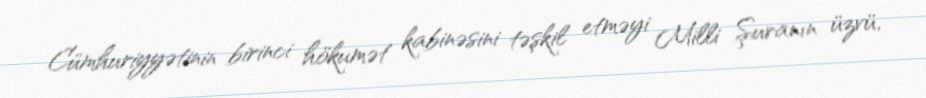
Cümhuriyyətinin birinci hökumət kabinəsini təşkil etməyi Milli Şuranın üzvü,